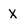
Character: X